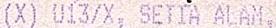
(X) U13/X, SETIA ALAM,